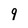
Character: 9